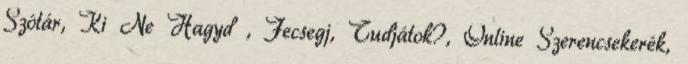
Szótár, Ki Ne Hagyd , Fecsegj, Tudjátok?, Online Szerencsekerék,